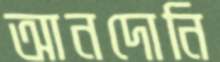
আনদোনি